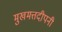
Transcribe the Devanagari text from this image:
मुखमत्तदीपनी